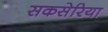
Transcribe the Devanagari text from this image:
सकसेरिया